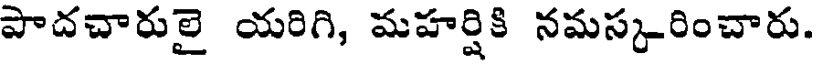
పాదచారులై యరిగి, మహర్షికి నమస్కరించారు.